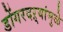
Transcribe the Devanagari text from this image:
डोंगरदऱ्यांमुळे